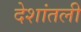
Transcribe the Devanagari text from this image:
देशांतली